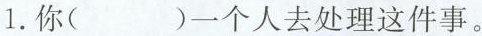
1.你( )一个人去处理这件事。